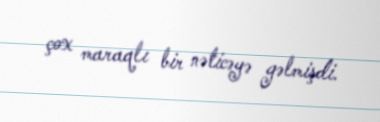
çox maraqlı bir nəticəyə gəlmişdi.